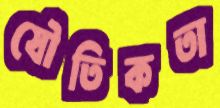
যৌতিকতা